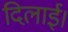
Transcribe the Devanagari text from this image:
दिलाई।